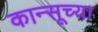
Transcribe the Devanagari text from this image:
कान्सूच्या